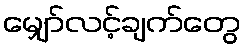
မျှော်လင့်ချက်တွေ